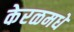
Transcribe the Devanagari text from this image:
केरळमधे